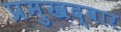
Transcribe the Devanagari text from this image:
प्रमुखद्वार